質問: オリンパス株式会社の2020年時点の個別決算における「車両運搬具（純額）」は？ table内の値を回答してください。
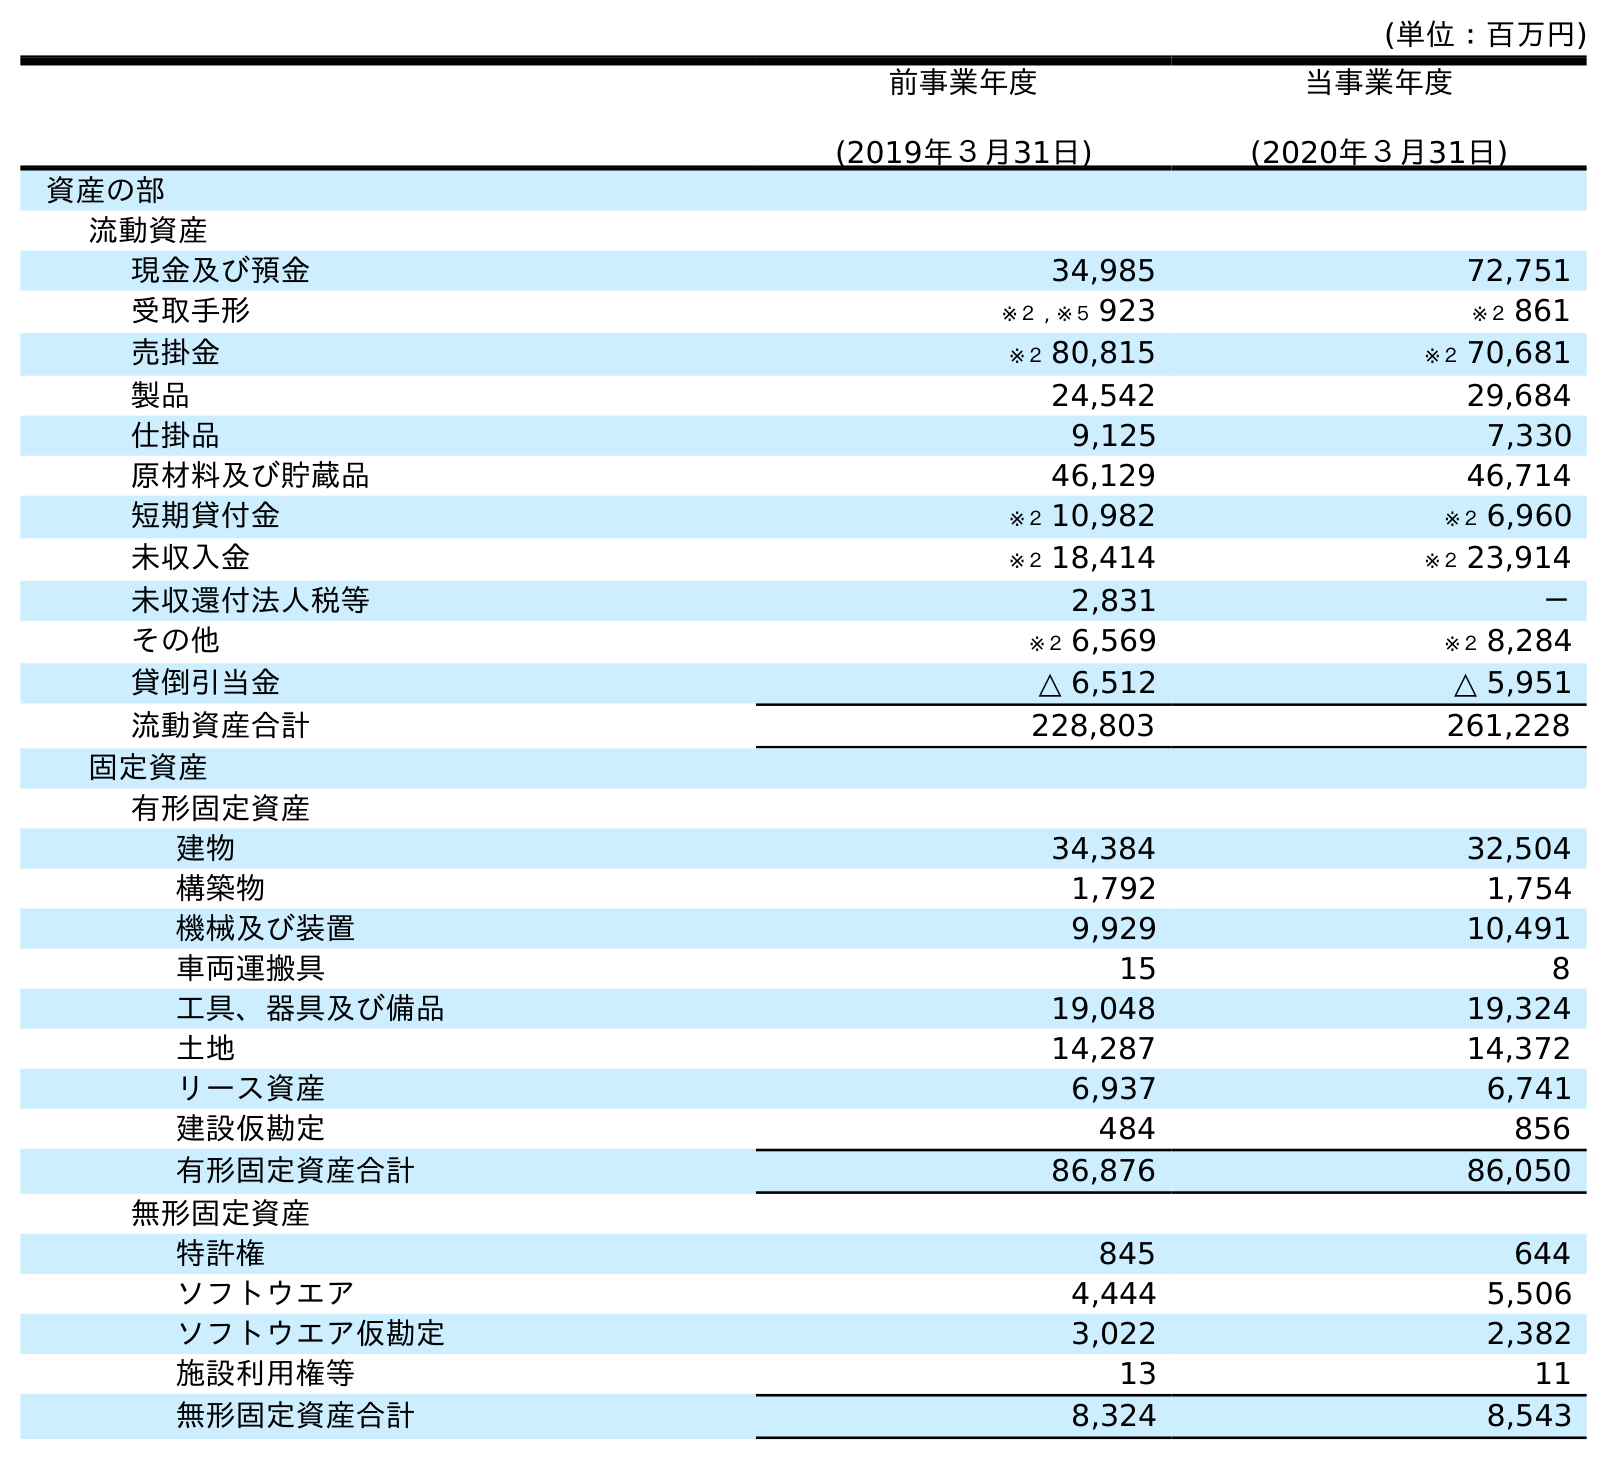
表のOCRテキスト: (単位：百万円) 前事業年度 (2019年３月31日) 当事業年度 (2020年３月31日) 資産の部 流動資産 現金及び預金 34,985 72,751 受取手形 ※２ , ※５ 923 ※２ 861 売掛金 ※２ 80,815 ※２ 70,681 製品 24,542 29,684 仕掛品 9,125 7,330 原材料及び貯蔵品 46,129 46,714 短期貸付金 ※２ 10,982 ※２ 6,960 未収入金 ※２ 18,414 ※２ 23,914 未収還付法人税等 2,831 － その他 ※２ 6,569 ※２ 8,284 貸倒引当金 △ 6,512 △ 5,951 流動資産合計 228,803 261,228 固定資産 有形固定資産 建物 34,384 32,504 構築物 1,792 1,754 機械及び装置 9,929 10,491 車両運搬具 15 8 工具、器具及び備品 19,048 19,324 土地 14,287 14,372 リース資産 6,937 6,741 建設仮勘定 484 856 有形固定資産合計 86,876 86,050 無形固定資産 特許権 845 644 ソフトウエア 4,444 5,506 ソフトウエア仮勘定 3,022 2,382 施設利用権等 13 11 無形固定資産合計 8,324 8,543
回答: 8